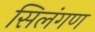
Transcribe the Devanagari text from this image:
सिलंगण